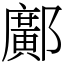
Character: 鄺